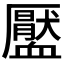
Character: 𧗖